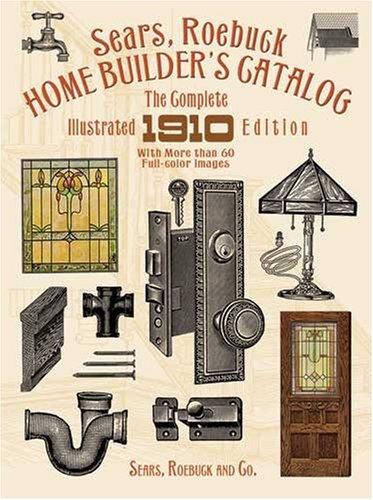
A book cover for Sears, Roebuck Home Builder's Catalog: The Complete Illustrated 1910 Edition; Sears  Roebuck and Co.; Humor & Entertainment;